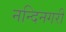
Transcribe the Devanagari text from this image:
नन्दिनगरी